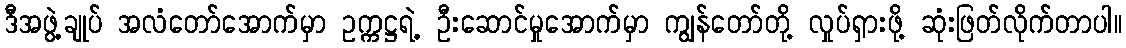
ဒီအဖွဲ့ချုပ် အလံတော်အောက်မှာ ဥက္ကဋ္ဌရဲ့ ဦးဆောင်မှုအောက်မှာ ကျွန်တော်တို့ လှုပ်ရှားဖို့ ဆုံးဖြတ်လိုက်တာပါ။